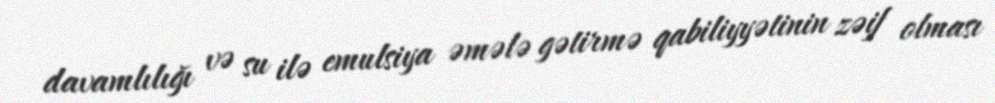
davamlılığı və su ilə emulsiya əmələ gətirmə qabiliyyətinin zəif olması